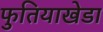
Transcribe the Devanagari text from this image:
फुतियाखेडा